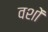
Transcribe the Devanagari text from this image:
वशों